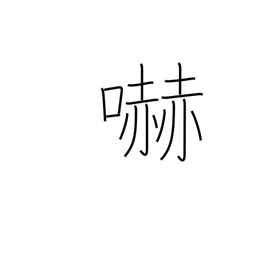
Meaning: menacing